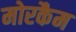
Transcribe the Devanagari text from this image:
मोरकैम